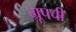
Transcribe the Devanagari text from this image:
ग्रूपची